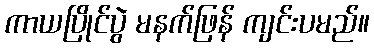
ကာယပြိုင်ပွဲ မနက်ဖြန် ကျင်းပမည်။